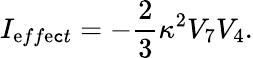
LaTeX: I_{\mathrm{e}ff\mathrm{e}\mathtt{c}t}=-\frac{{2}}{{3}}\kappa^{2}V_{7}V_{4}.